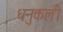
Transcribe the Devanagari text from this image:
धनुकली